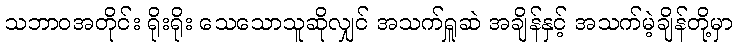
သဘာဝအတိုင်း ရိုးရိုး သေသောသူဆိုလျှင် အသက်ရှူဆဲ အချိန်နှင့် အသက်မဲ့ချိန်တို့မှာ